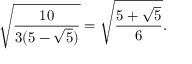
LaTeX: { \sqrt { \frac { 1 0 } { 3 ( 5 - { \sqrt { 5 } } ) } } } = { \sqrt { \frac { 5 + { \sqrt { 5 } } } { 6 } } } .